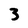
Character: 3